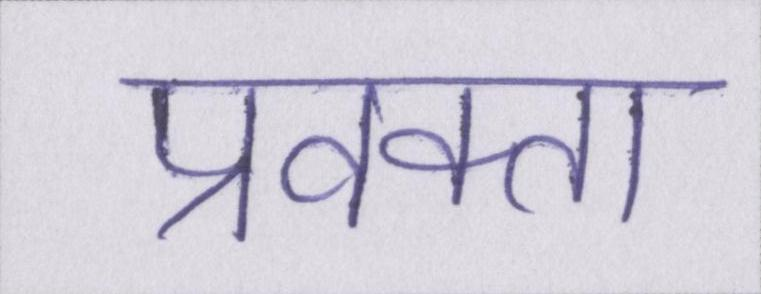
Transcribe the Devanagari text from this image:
प्रवक्ता